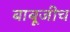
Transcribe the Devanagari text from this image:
बाबूजीच